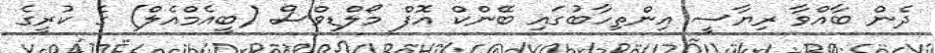
ދެން ބާއްވާ ރިޔާސީ އިންތިހާބުގައި ބޭންކް އޮފް މޯލްޑިވްސް (ބީއެމްއެލް) ގެ ކުރީގެ